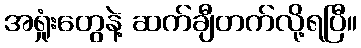
အရှုံးတွေနဲ့ ဆက်ချီတက်လို့ရပြီ။